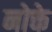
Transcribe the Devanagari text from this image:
नोक्ते